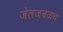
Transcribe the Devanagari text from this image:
जेलजवळच